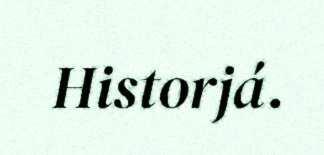
Historjá.